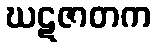
ဃဋဇာတက